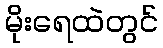
မိုးရေထဲတွင်